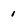
Character: 1